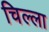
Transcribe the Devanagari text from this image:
चिल्‍ला